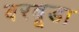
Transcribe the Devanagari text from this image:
बरबूडा